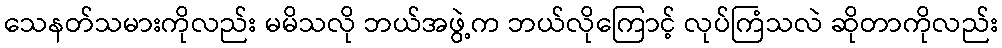
သေနတ်သမားကိုလည်း မမိသလို ဘယ်အဖွဲ့က ဘယ်လိုကြောင့် လုပ်ကြံသလဲ ဆိုတာကိုလည်း